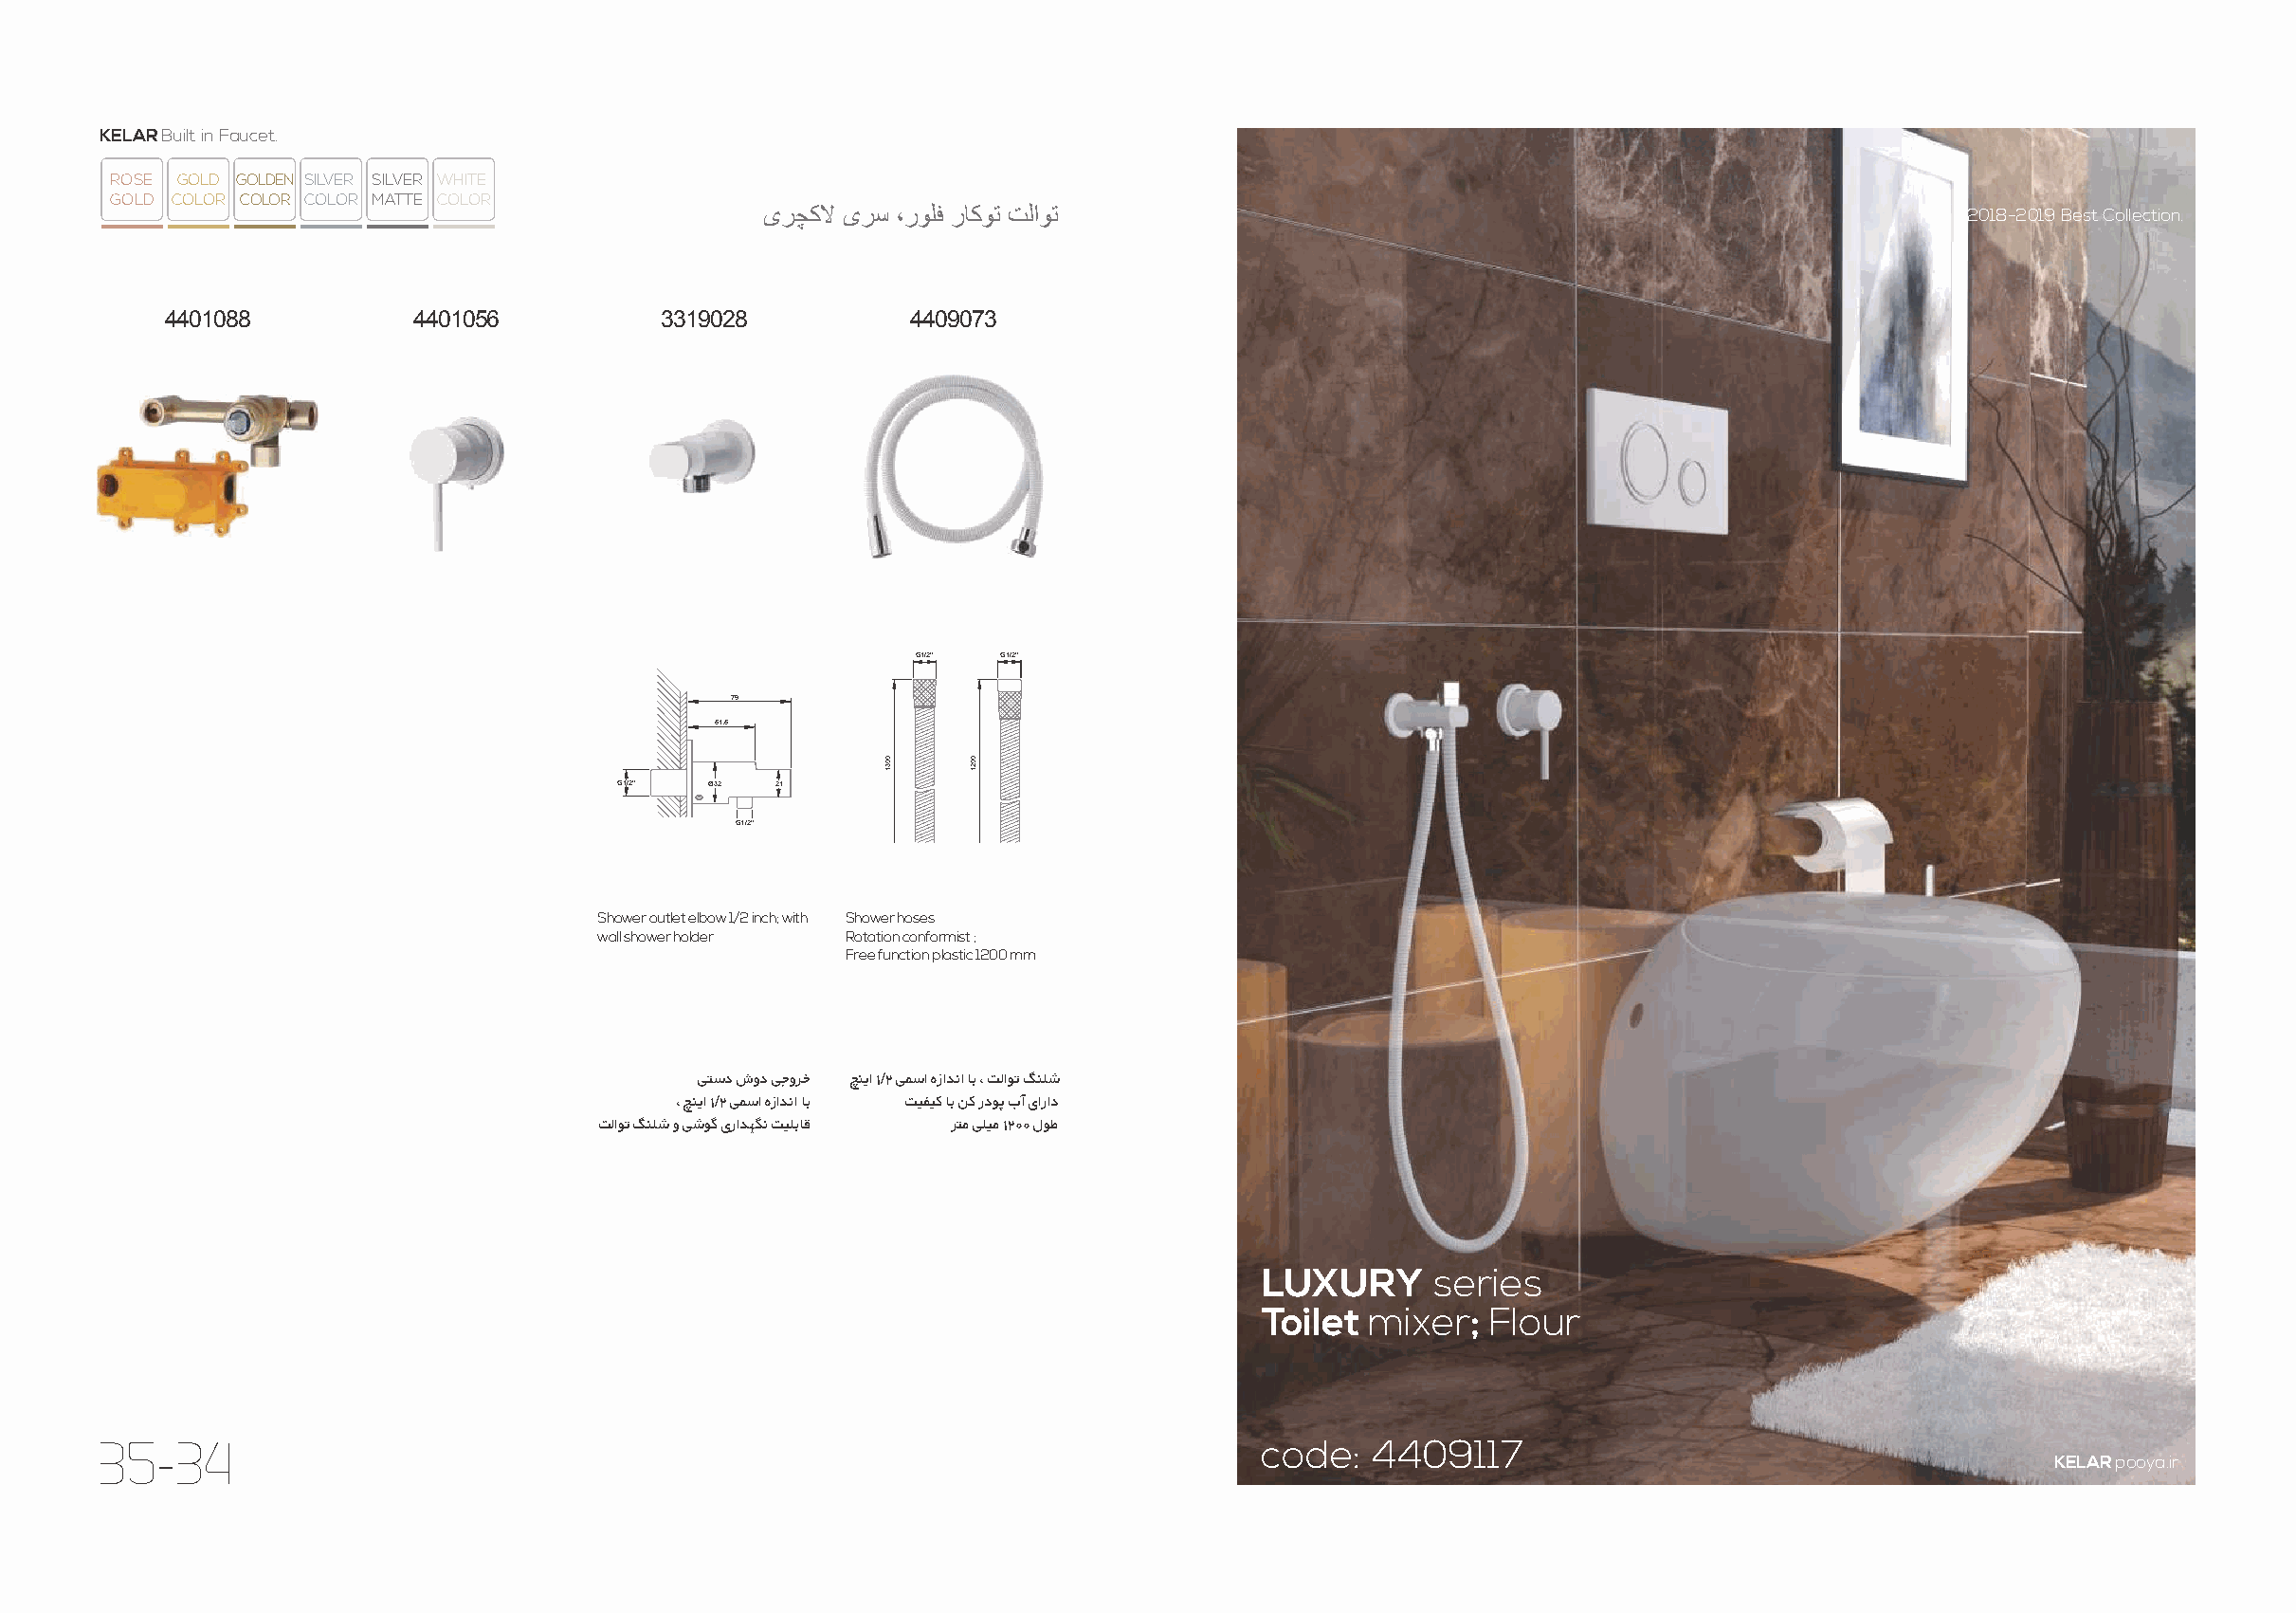
KELAR Built in Faucet.
 ROSE GOLD GOLDEN SILVER SILVER WHITE
 GOLD COLOR COLOR COLOR MATTE COLOR
 یرﭼﮐﻻ یرﺳ ،روﻠﻓ رﺎﮐوﺗ تﻟاوﺗ                                                         2018-2019 Best Collection.
 4401088           4401056          3319028           4409073
 G1/2” G1/2”
 79
 51.5
 G1/2” Ø32  21
 G1/2”
 Shower outlet elbow 1/2 inch; with Shower hoses
 wall shower holder Rotation conformist ;
 Free function plastic 1200 mm
 ﯽﺘﺳد شود ﯽﺟوﺮﺧ ﭻﻨﯾا ١/٢ ﯽﻤﺳا هزاﺪﻧا ﺎﺑ ، ﺖﻟاﻮﺗ ﮓﻨﻠﺷ
 ، ﭻﻨﯾا ١/٢ ﯽﻤﺳا هزاﺪﻧا ﺎﺑ ﺖﯿﻔﯿﮐ ﺎﺑ ﻦﮐ ردﻮﭘ بآ یاراد
 ﺖﻟاﻮﺗ ﮓﻨﻠﺷ و ﯽﺷﻮﮔ یراﺪﻬﮕﻧ ﺖﯿﻠﺑﺎﻗ ﺮﺘﻣ ﯽﻠﯿﻣ ١٢٠٠ لﻮﻃ
 LUXURY      series
 Toilet mixer;   Flour
 35-34                                                                            code:   4409117
 KELAR pooya.ir
 0031  0021